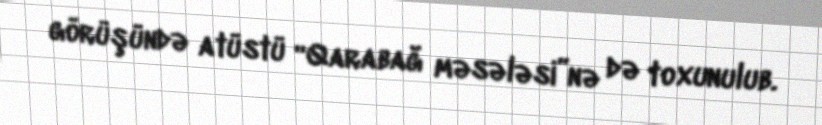
görüşündə atüstü “Qarabağ məsələsi”nə də toxunulub.